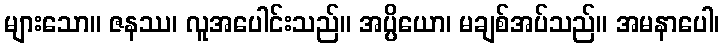
များသော။ ဇနဿ၊ လူအပေါင်းသည်။ အပ္ပိယော၊ မချစ်အပ်သည်။ အမနာပေါ၊